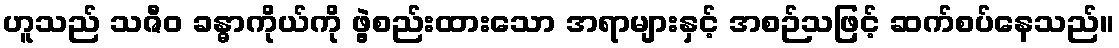
ဟူသည် သဇီဝ ခန္ဓာကိုယ်ကို ဖွဲ့စည်းထားသော အရာများနှင့် အစဉ်သဖြင့် ဆက်စပ်နေသည်။